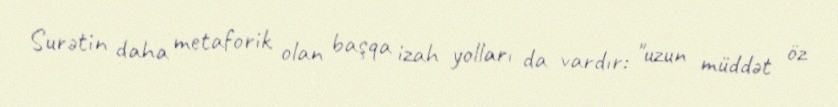
Surətin daha metaforik olan başqa izah yolları da vardır: "uzun müddət öz